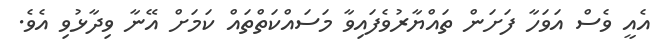
އެއީ ވެސް އަވަހާ ފަށަން ތައްޔާރުވެފައިވާ މަސައްކަތްތައް ކަމަށް އޭނާ ވިދާޅުވި އެވެ.